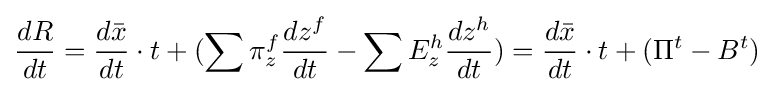
{\frac {dR}{dt}}={\frac {d{\bar {x}}}{dt}}\cdot t+(\sum \pi _{z}^{f}{\frac {dz^{f}}{dt}}-\sum E_{z}^{h}{\frac {dz^{h}}{dt}})={\frac {d{\bar {x}}}{dt}}\cdot t+(\Pi ^{t}-B^{t})